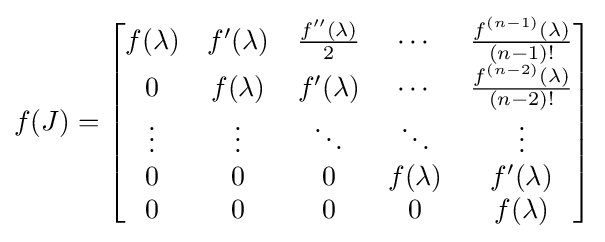
f(J)={\begin{bmatrix}f(\lambda )&f'(\lambda )&{\tfrac {f''(\lambda )}{2}}&\cdots &{\tfrac {f^{(n-1)}(\lambda )}{(n-1)!}}\\0&f(\lambda )&f'(\lambda )&\cdots &{\tfrac {f^{(n-2)}(\lambda )}{(n-2)!}}\\\vdots &\vdots &\ddots &\ddots &\vdots \\0&0&0&f(\lambda )&f'(\lambda )\\0&0&0&0&f(\lambda )\end{bmatrix}}